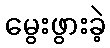
မွေးဖွားခဲ့